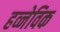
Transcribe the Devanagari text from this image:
हव्नेविक